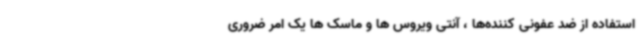
استفاده از ضد عفونی کننده‌ها ، آنتی ویروس ها و ماسک ها یک امر ضروری